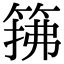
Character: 𫂅